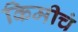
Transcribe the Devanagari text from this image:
किमीचं